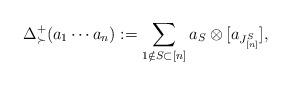
LaTeX: \begin{align*}\Delta^+_{\succ}(a_1 \cdots a_n) := \sum_{1 \notin S \subset [n]} a_S \otimes [a_{J^S_{[n]}}],\end{align*}